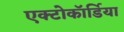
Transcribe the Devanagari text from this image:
एक्टोकॉर्डिया